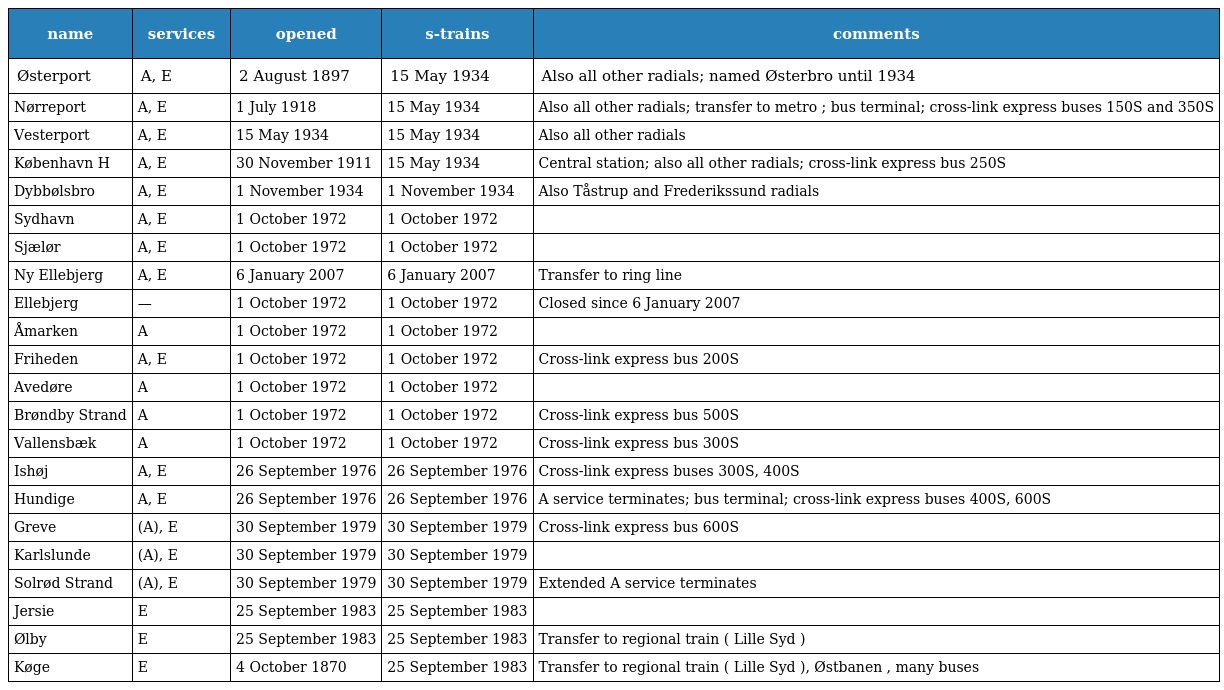
| name | services | opened | s-trains | comments |
 | --- | --- | --- | --- | --- |
 | Østerport | A, E | 2 August 1897 | 15 May 1934 | Also all other radials; named Østerbro until 1934 |
 | Nørreport | A, E | 1 July 1918 | 15 May 1934 | Also all other radials; transfer to metro ; bus terminal; cross-link express buses 150S and 350S |
 | Vesterport | A, E | 15 May 1934 | 15 May 1934 | Also all other radials |
 | København H | A, E | 30 November 1911 | 15 May 1934 | Central station; also all other radials; cross-link express bus 250S |
 | Dybbølsbro | A, E | 1 November 1934 | 1 November 1934 | Also Tåstrup and Frederikssund radials |
 | Sydhavn | A, E | 1 October 1972 | 1 October 1972 |  |
 | Sjælør | A, E | 1 October 1972 | 1 October 1972 |  |
 | Ny Ellebjerg | A, E | 6 January 2007 | 6 January 2007 | Transfer to ring line |
 | Ellebjerg | — | 1 October 1972 | 1 October 1972 | Closed since 6 January 2007 |
 | Åmarken | A | 1 October 1972 | 1 October 1972 |  |
 | Friheden | A, E | 1 October 1972 | 1 October 1972 | Cross-link express bus 200S |
 | Avedøre | A | 1 October 1972 | 1 October 1972 |  |
 | Brøndby Strand | A | 1 October 1972 | 1 October 1972 | Cross-link express bus 500S |
 | Vallensbæk | A | 1 October 1972 | 1 October 1972 | Cross-link express bus 300S |
 | Ishøj | A, E | 26 September 1976 | 26 September 1976 | Cross-link express buses 300S, 400S |
 | Hundige | A, E | 26 September 1976 | 26 September 1976 | A service terminates; bus terminal; cross-link express buses 400S, 600S |
 | Greve | (A), E | 30 September 1979 | 30 September 1979 | Cross-link express bus 600S |
 | Karlslunde | (A), E | 30 September 1979 | 30 September 1979 |  |
 | Solrød Strand | (A), E | 30 September 1979 | 30 September 1979 | Extended A service terminates |
 | Jersie | E | 25 September 1983 | 25 September 1983 |  |
 | Ølby | E | 25 September 1983 | 25 September 1983 | Transfer to regional train ( Lille Syd ) |
 | Køge | E | 4 October 1870 | 25 September 1983 | Transfer to regional train ( Lille Syd ), Østbanen , many buses |